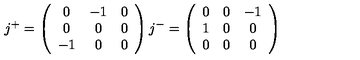
j ^ { + } = \left( \begin{array} { c c c } { 0 } & { - 1 } & { 0 } \\ { 0 } & { 0 } & { 0 } \\ { - 1 } & { 0 } & { 0 } \\ \end{array} \right) j ^ { - } = \left( \begin{array} { c c c } { 0 } & { 0 } & { - 1 } \\ { 1 } & { 0 } & { 0 } \\ { 0 } & { 0 } & { 0 } \\ \end{array} \right)